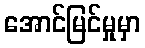
အောင်မြင်မှုမှာ